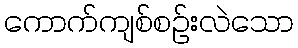
ကောက်ကျစ်စဉ်းလဲသော